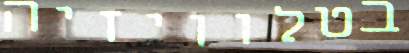
בטלוויזיה